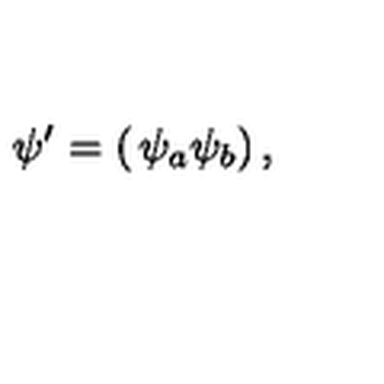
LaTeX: \psi ^ { \prime } = \left( \begin{matrix} { \psi _ { a } } \\ { \psi _ { b } } \\ \end{matrix} \right) ,